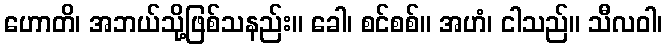
ဟောတိ၊ အဘယ်သို့ဖြစ်သနည်း။ ခေါ၊ စင်စစ်။ အဟံ၊ ငါသည်။ သီလဝါ၊